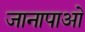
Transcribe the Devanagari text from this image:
जानापाओ